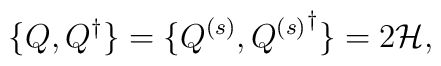
\{Q,Q^\dagger\}=\{Q^{(s)},{Q^{(s)}}^\dagger\}=2{\cal H},